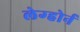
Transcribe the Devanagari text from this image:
लेग्होर्न